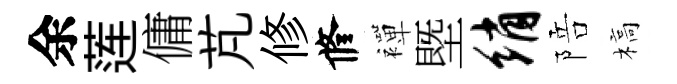
余莲傭芃修修襌塈绡陪槁